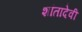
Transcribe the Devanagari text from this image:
शांतादेवी